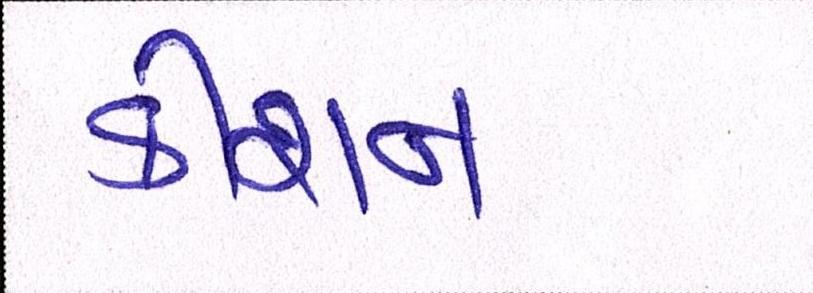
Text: કીશન